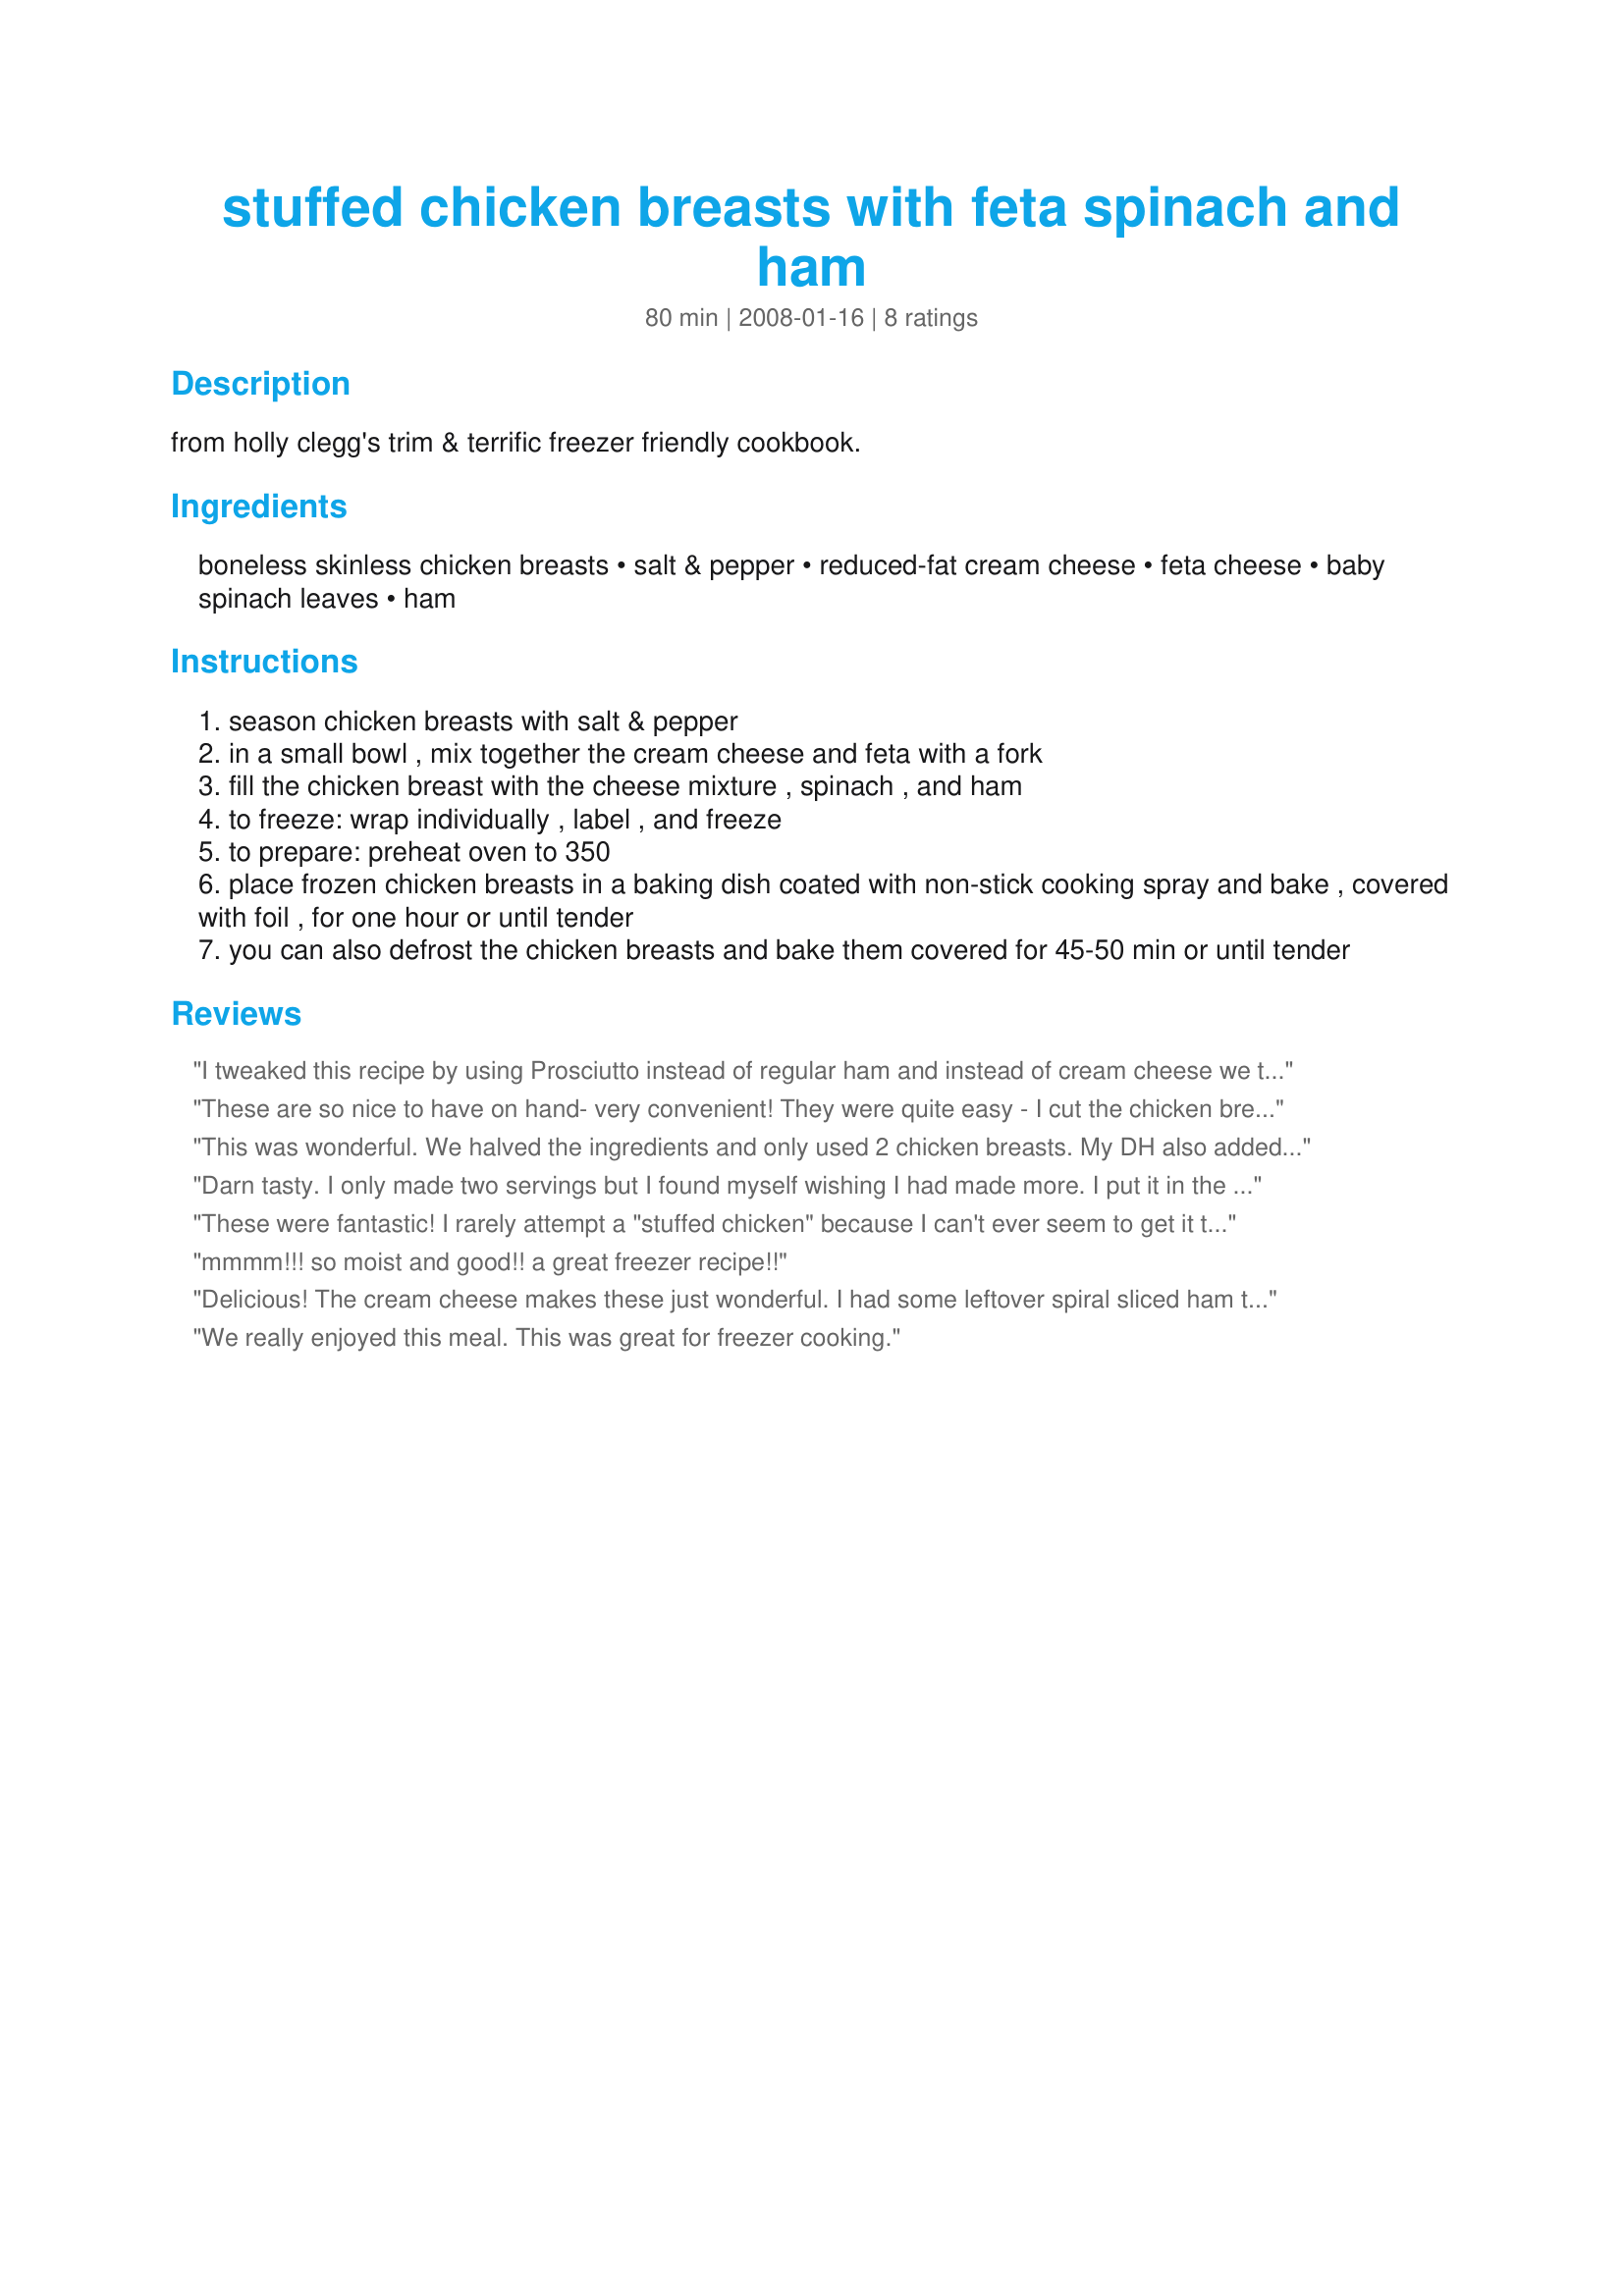
stuffed chicken breasts with feta spinach and ham
Preparation time: 80 minutes

from holly clegg's trim & terrific freezer friendly cookbook.

Ingredients:
boneless skinless chicken breasts, salt & pepper, reduced-fat cream cheese, feta cheese, baby spinach leaves, ham

Steps:
season chicken breasts with salt & pepper
in a small bowl , mix together the cream cheese and feta with a fork
fill the chicken breast with the cheese mixture , spinach , and ham
to freeze: wrap individually , label , and freeze
to prepare: preheat oven to 350
place frozen chicken breasts in a baking dish coated with non-stick cooking spray and bake , covered with foil , for one hour or until tender
you can also defrost the chicken breasts and bake them covered for 45-50 min or until tender

Reviews:
I tweaked this recipe by using Prosciutto instead of regular ham and instead of cream cheese we took feta cheese with a little olive oil in a food processor to make it creamy and give it same effect. This was a great recipe and one you can make in advance, freeze, and use during the busy work week. Beautiful. Just goes to show you, even if your busy you can still eat gourmet....thanks for the recipe!!!
These are so nice to have on hand- very convenient! They were quite easy - I cut the chicken breast in half and then rolled it up (like the directions for Stuffed Chicken Cutlets #182463) and baked at 375 for 40 min(split the difference for cooking temp and time). I didn't have ham, so omitted that - otherwise ingredients were the same. Husband gave these a 10 - will definitely be making again! Thanks!
This was wonderful. We halved the ingredients and only used 2 chicken breasts. My DH also added black olives to his, and thought it was a great addition. We used regular cream cheese, instead of the low fat, but otherwise followed the directions exactly. The only thing I wished we would have done was add more spinach, as it shrinks down to very little when it cooks. Thanks for a great recipe - this one is definitely a keeper!
Darn tasty. I only made two servings but I found myself wishing I had made more. I put it in the oven directly rather than freezing it and cooked it for about 40 minutes. The cheese stayed put! It didn't melt out. Hooray!! I also put a Mediterranean seasoning on top along with the salt & pepper. It had things in it like dried garlic & rosemary. Mmm!
These were fantastic! I rarely attempt a "stuffed chicken" because I can't ever seem to get it to stay in and to have it sealed off nicely. Forget looking good... but this method where you just cut a slit in the side and stuff it in worked a lot better for me and it actually looked very nice once cut into. Some of the cheese still melted out, but enough stayed that the flavors were wonderful! I was working with the frozen type chicken breasts you get in a bag so as you can imagine they aren't the perfectly plump breasts to use for stuffing but I managed. I pretty much followed the recipe using tomato basil feta rather than original. To make sure the stuffing stayed in as best as I could get it I rolled the cheese mix and spinach leaves up in the ham like a cigar and then stuffed that into the breast. The chicken was great as is... however we found by accident that a bit of balsamic viniagrette is really great on this too (from the salad we had with this). Definately the easiest stuffed chicken I have ever made and oh so yummy! Oh we did not freeze this, but rather made the day we cooked it.
mmmm!!! so moist and good!! a great freezer recipe!!
Delicious! The cream cheese makes these just wonderful. I had some leftover spiral sliced ham that I chopped for the filling. I also sprinkled the breasts with Cavender's and added paprika to the top to give them a pretty color. The best part is knowing I have more waiting for me in the freezer! Thanks for a keeper :-)
We really enjoyed this meal. This was great for freezer cooking.
